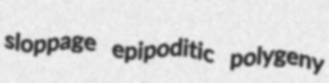
sloppage epipoditic polygeny